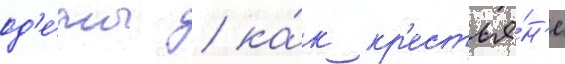
од'е́ты / ка́к кр'естья́н'е